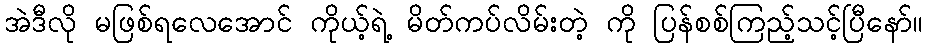
အဲဒီလို မဖြစ်ရလေအောင် ကိုယ့်ရဲ့ မိတ်ကပ်လိမ်းတဲ့ ကို ပြန်စစ်ကြည့်သင့်ပြီနော်။